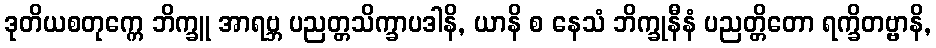
ဒုတိယစတုက္ကေ ဘိက္ခူ အာရဗ္ဘ ပညတ္တသိက္ခာပဒါနိ, ယာနိ စ နေသံ ဘိက္ခုနီနံ ပညတ္တိတော ရက္ခိတဗ္ဗာနိ,